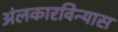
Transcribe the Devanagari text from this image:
अंलकारविन्यास